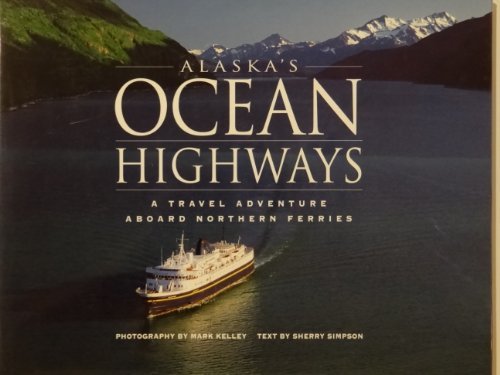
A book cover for Alaska's Ocean Highways: A Travel Adventure Aboard Northern Ferries; Sherry Simpson; Travel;